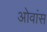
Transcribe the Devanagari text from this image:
ओवांस